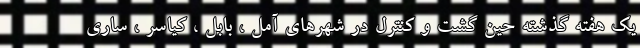
یک هفته گذشته حین گشت و کنترل در شهرهای آمل ، بابل ، کیاسر ، ساری